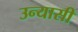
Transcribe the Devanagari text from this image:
उन्यासी